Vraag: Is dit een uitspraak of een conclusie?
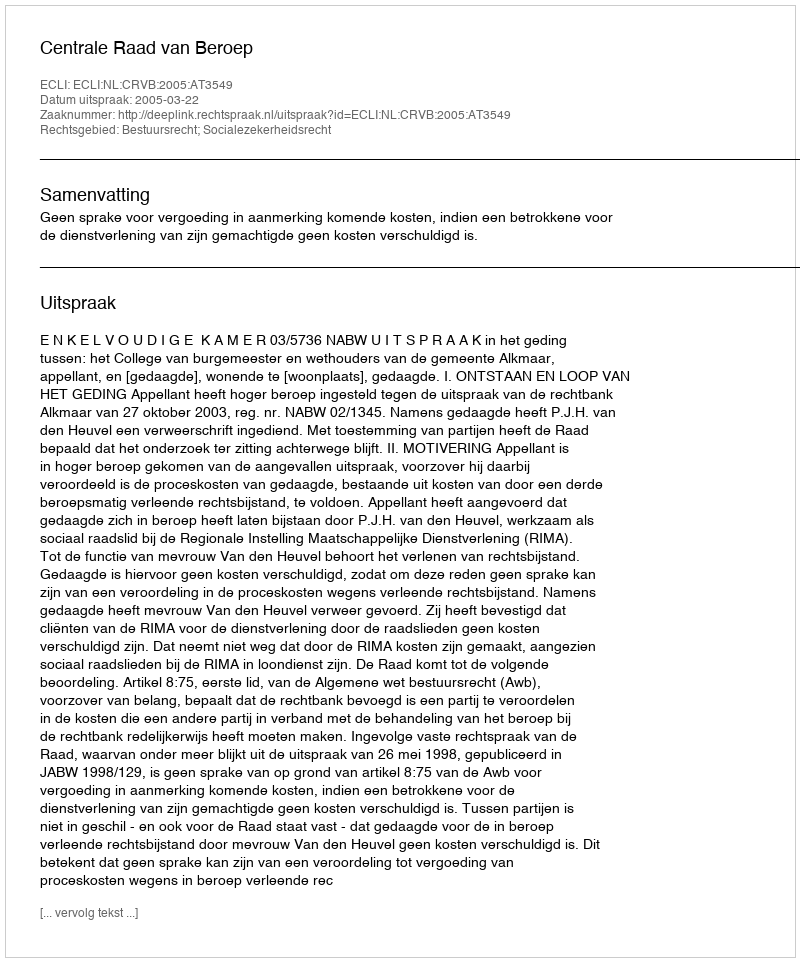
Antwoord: Uitspraak